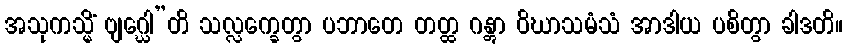
အသုကသ္မိံ ဗျဂ္ဃေါ”တိ သလ္လက္ခေတွာ ပဘာတေ တတ္ထ ဂန္တွာ ဝိဃာသမံသံ အာဒါယ ပစိတွာ ခါဒတိ။